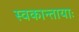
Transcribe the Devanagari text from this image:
स्वकान्तायाः